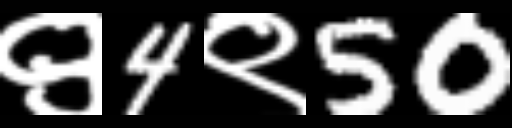
Text: ९4९50